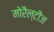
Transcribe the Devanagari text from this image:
मोरैल्टीज